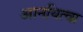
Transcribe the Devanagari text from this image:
आनयित्वा